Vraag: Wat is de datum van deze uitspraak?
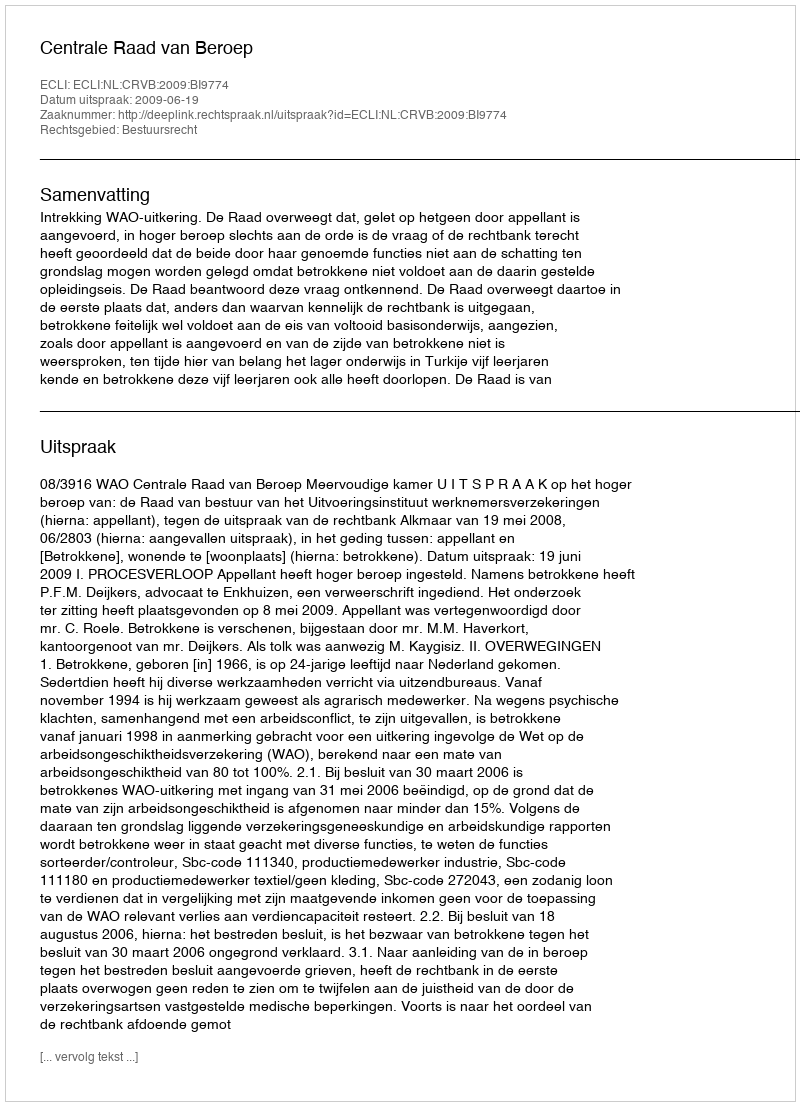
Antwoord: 2009-06-19